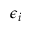
\epsilon _ { i }